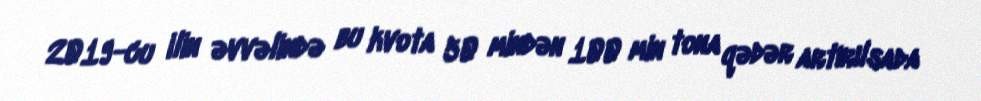
2019-cu ilin əvvəlində bu kvota 50 mindən 100 min tona qədər artırılsada